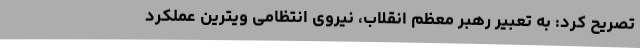
تصریح کرد: به تعبیر رهبر معظم انقلاب، نیروی انتظامی ویترین عملکرد